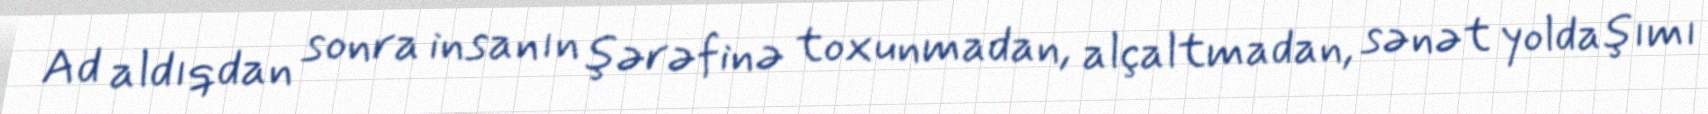
Ad aldıqdan sonra insanın şərəfinə toxunmadan, alçaltmadan, sənət yoldaşımı